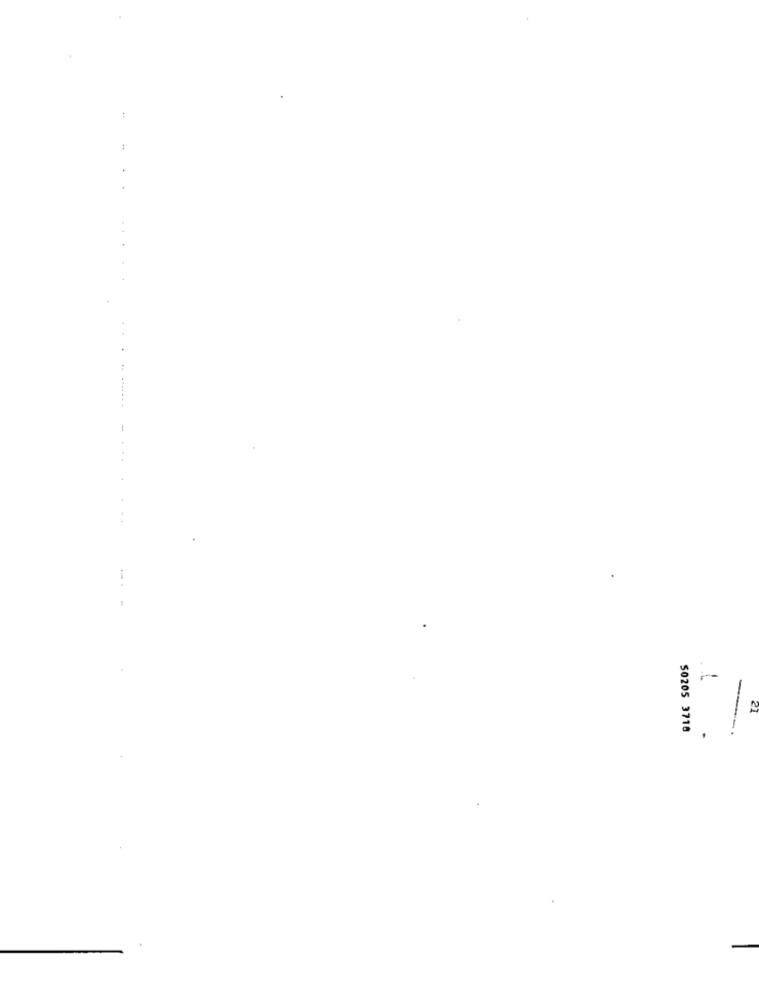
21
50205 3718